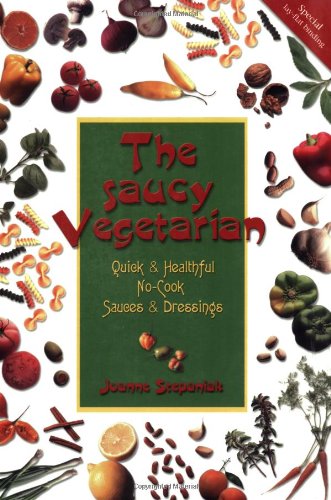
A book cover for The Saucy Vegetarian; Joanne Stepaniak; Cookbooks, Food & Wine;